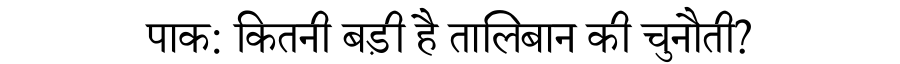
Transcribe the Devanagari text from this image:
पाक: कितनी बड़ी है तालिबान की चुनौती?